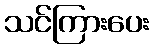
သင်ကြားပေး